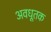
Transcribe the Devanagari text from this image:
अवधूतक